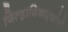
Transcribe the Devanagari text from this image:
जिल्हाधिकाऱ्यांनी